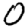
Digit: 0